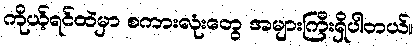
ကိုယ့်ရင်ထဲမှာ စကားလုံးတွေ အများကြီးရှိပါတယ်။